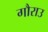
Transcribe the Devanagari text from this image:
गौराउ